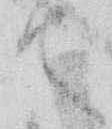
て